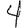
Digit: 4